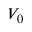
V _ { 0 }